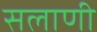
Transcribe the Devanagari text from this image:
सलाणी